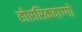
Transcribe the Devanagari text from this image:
होएरिकवाग्गो